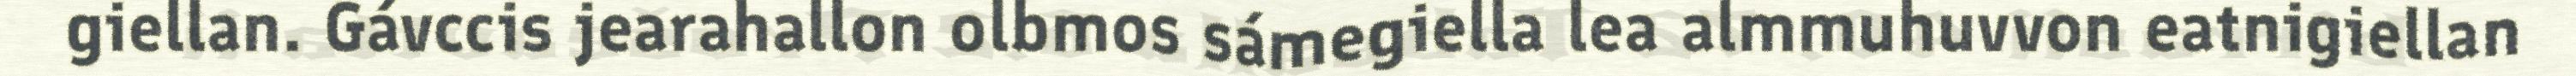
giellan. Gávccis jearahallon olbmos sámegiella lea almmuhuvvon eatnigiellan